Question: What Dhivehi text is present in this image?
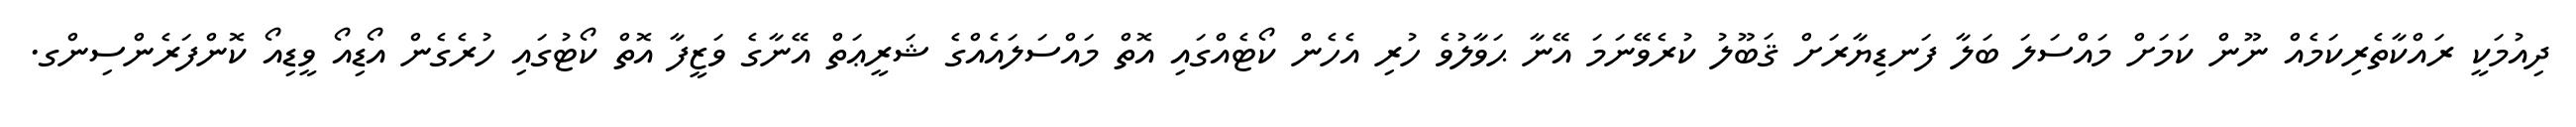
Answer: ދިއުމަކީ ރައްކާތެރިކަމެއް ނޫން ކަމަށް މައްސަލަ ބަލާ ފަނޑިޔާރަށް ޤަބޫލު ކުރެވޭނަމަ އޭނާ ޙަވާލުވެ ހުރި އެހެން ކޯޓެއްގައި އޮތް މައްސަލައެއްގެ ޝަރީޢަތް އޭނާގެ ވަޒީފާ އޮތް ކޯޓުގައި ހުރެގެން އޯޑިއޯ ވީޑިއޯ ކޮންފަރެންސިންގ.